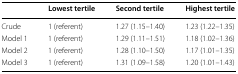
<table><thead><tr><td></td><td><b>Lowest tertile</b></td><td><b>Second tertile</b></td><td><b>Highest tertile</b></td></tr></thead><tbody><tr><td>Crude</td><td>1 (referent)</td><td>1.27 (1.15–1.40)</td><td>1.23 (1.22–1.35)</td></tr><tr><td>Model 1</td><td>1 (referent)</td><td>1.29 (1.11–1.51)</td><td>1.18 (1.02–1.36)</td></tr><tr><td>Model 2</td><td>1 (referent)</td><td>1.28 (1.10–1.50)</td><td>1.17 (1.01–1.35)</td></tr><tr><td>Model 3</td><td>1 (referent)</td><td>1.31 (1.09–1.58)</td><td>1.20 (1.01–1.43)</td></tr></tbody></table>